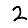
Digit: 2